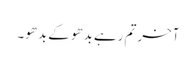
آخر تم رہے بدھو کے بدھو۔